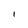
Character: I